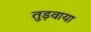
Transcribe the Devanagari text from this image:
तुड़वाया